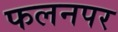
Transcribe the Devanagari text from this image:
फलनपर